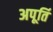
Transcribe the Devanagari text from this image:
अपूर्ति